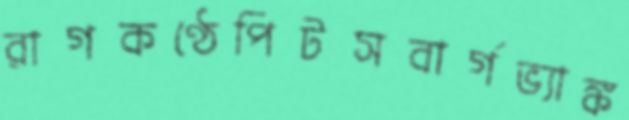
রাগকণ্ঠেপিটসবার্গভ্যাঙ্ক